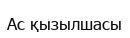
Ас қызылшасы